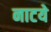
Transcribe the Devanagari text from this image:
नाटये